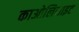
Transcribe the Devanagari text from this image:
काओलिनाइट